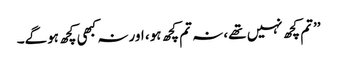
’’تم کچھ نہیں تھے، نہ تم کچھ ہو، اور نہ کبھی کچھ ہوگے۔